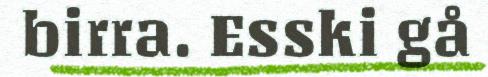
birra. Esski gå